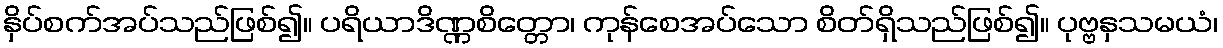
နှိပ်စက်အပ်သည်ဖြစ်၍။ ပရိယာဒိဏ္ဏစိတ္တော၊ ကုန်စေအပ်သော စိတ်ရှိသည်ဖြစ်၍။ ပုဗ္ဗနှသမယံ၊